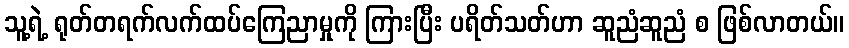
သူ့ရဲ့ ရုတ်တရက်လက်ထပ်ကြေညာမှုကို ကြားပြီး ပရိတ်သတ်ဟာ ဆူညံဆူညံ စ ဖြစ်လာတယ်။